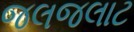
જલજલાટ